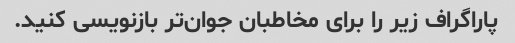
پاراگراف زیر را برای مخاطبان جوان‌تر بازنویسی کنید.